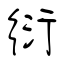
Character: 衍